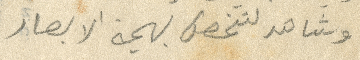
وشاهد لتنهض بهجة الابصار